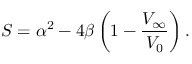
S = \alpha ^ { 2 } - 4 \beta \left( 1 - \frac { V _ { \infty } } { V _ { 0 } } \right) { . }